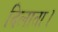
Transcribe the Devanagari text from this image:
दिलाता।